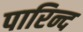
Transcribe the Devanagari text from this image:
पारिन्द